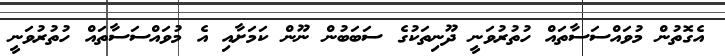
އެގޮތުން މުވައްސަސާތައް ހުތުރުވަނީ ދޫނިތަކުގެ ސަބަބުން ނޫން ކަމަށާއި އެ މުވައްސަސާތައް ހުތުރުވަނީ